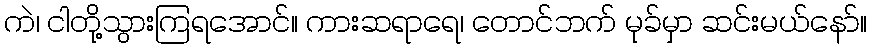
ကဲ၊ ငါတို့သွားကြရအောင်။ ကားဆရာရေ၊ တောင်ဘက် မုခ်မှာ ဆင်းမယ်နော်။